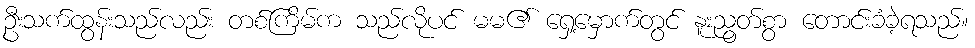
ဦးသက်ထွန်းသည်လည်း တစ်ကြိမ်က သည်လိုပင် မမ၏ ရှေ့မှောက်တွင် နူးညွတ်စွာ တောင်းခံခဲ့ရသည်။